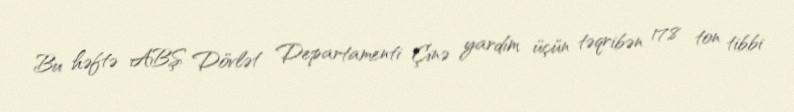
Bu həftə ABŞ Dövlət Departamenti Çinə yardım üçün təqribən 17,8 ton tibbi